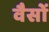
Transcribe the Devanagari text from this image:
वैसों